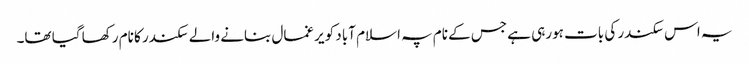
یہ اس سکندر کی بات ہورہی ہے جس کے نام پہ اسلام آباد کو یرغمال بنانے والے سکندر کا نام رکھا گیا تھا۔